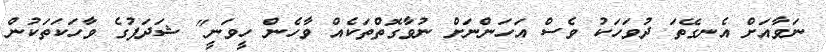
ނަވާއަށް އެނގޭތަ ދުވަހަކު ވެސް އަހަންނަށް ނުވާގޮތްތަކެއް ވާހެން ހީވަނީ" ޝަދަފުގެ ވާހަކަތަކުން